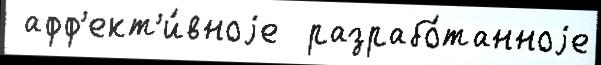
 афф'ект'и́вноjе  разрабо́танноjе